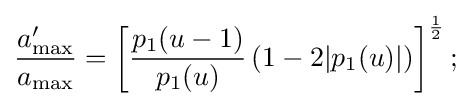
{\frac {a'_{\max }}{a_{\max }}}=\left[{\frac {p_{1}(u-1)}{p_{1}(u)}}\left(1-2|p_{1}(u)|\right)\right]^{\frac {1}{2}};